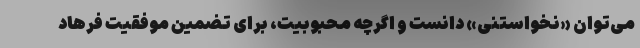
می‌توان «نخواستنی» دانست و اگرچه محبوبیت، برای تضمین موفقیت فرهاد